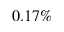
0 . 1 7 \%